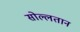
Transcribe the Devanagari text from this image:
सोल्लतान